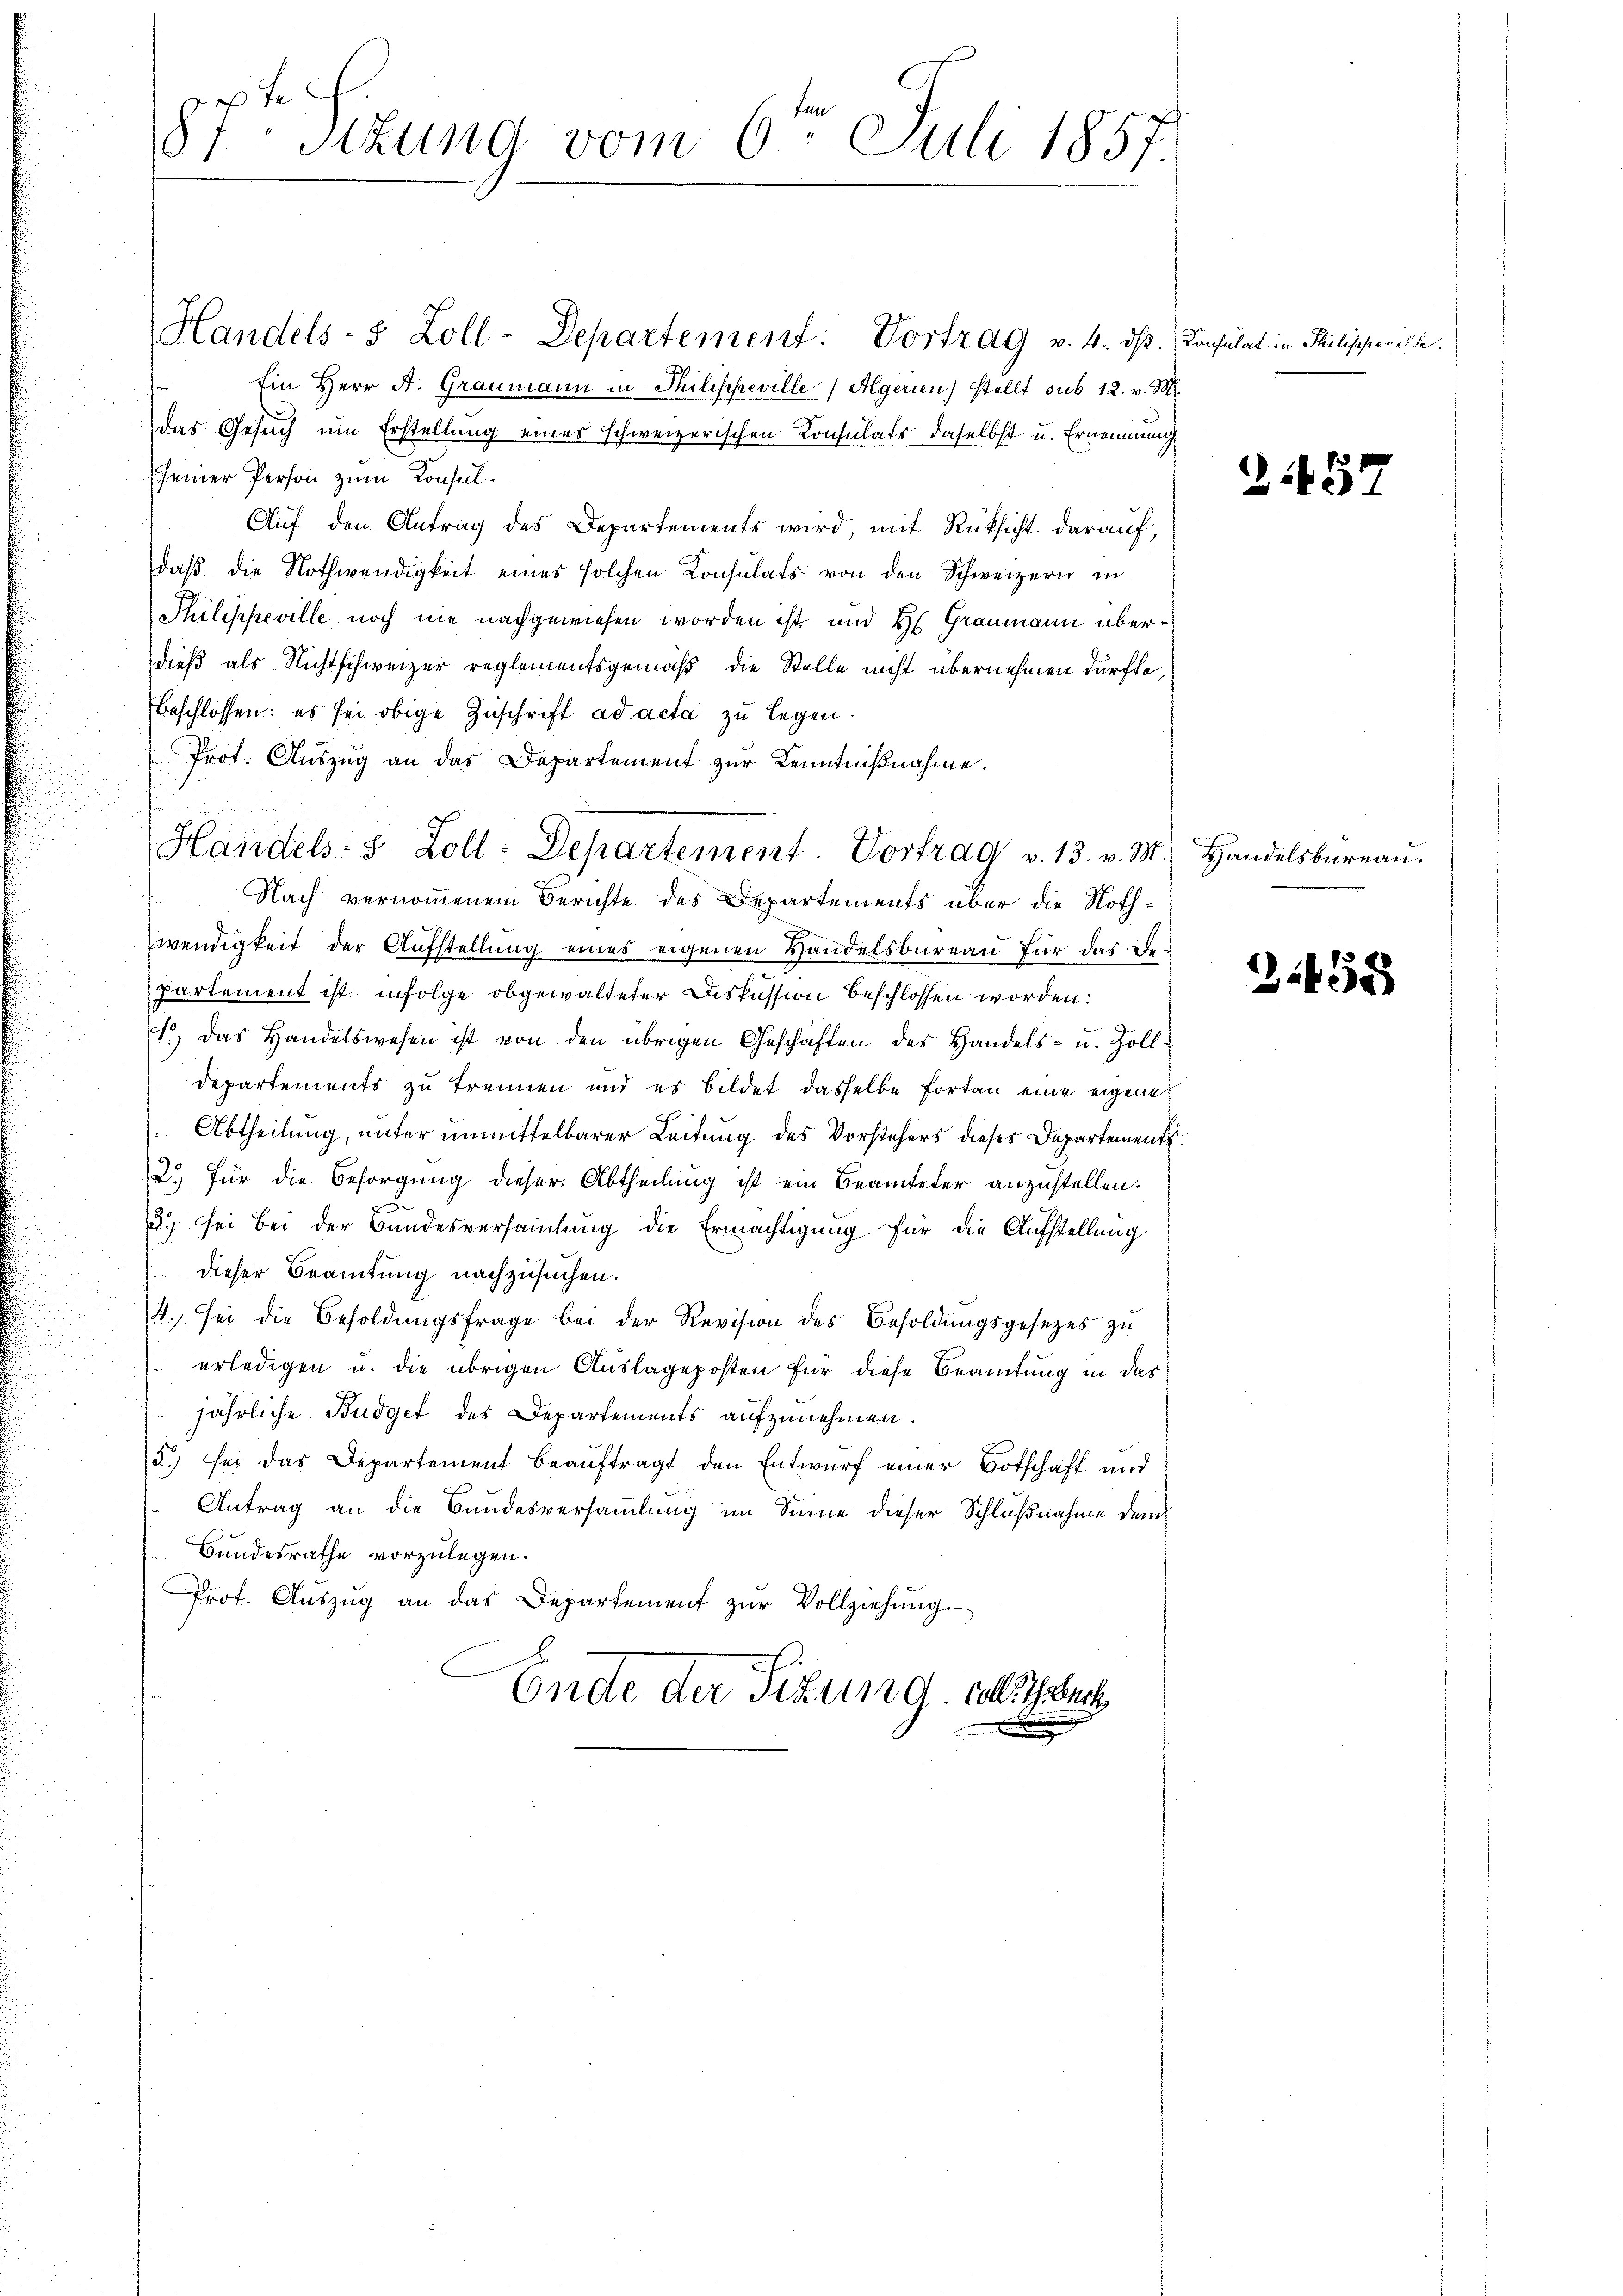
F
87. Sitzung vom 6. Juli 1857.

Handels- & Zoll-Departement. Vortrag v. 4. ds. Konsulat in Philischerische.
Ein Herr A. Graumann in Thilischeville   Algerien) stellt sub 12. v. M.
das Gesuch um Erstellung eines schweizerischen Konsulats daselbst u. Ernennung
seiner Person zum Konsul¬
Auf den Antrag des Departements wird, mit Rüksicht darauf,
daβ die Nothwendigkeit eines solchen Konsulats von den Schweizern in
Philippeville noch nie nachgewiesen worden ist, und Hs. Grammann überdieß als Nichtschweizer reglementsgemäß die Stelle nicht übernehmen dürfte,
beschlossen: es sei obige Zuschrift ad acta zu legen.
Prot. Auszug an das Departement zur Kenntnißnahme.
Nach vernommenem Berichte des Departements über die Nothwendigkeit der Aufstellung eines eigenen Handelsbureau für das De-
partement ist infolge obgewalteter Diskussion beschlossen worden:
1.) Das Handelswesen ist von den übrigen Geschäften des Handels- u. Zoll¬
Departements zu trennen und es bildet dasselbe fortan eine eigene
Abtheilung, unter unmittelbarer Leitung des Vorstehers dieses Departement¬
2.) Für die Besorgung dieser Abtheilung ist ein Beamteter anzustellen:
.) sei bei der Bundesversammlung die Ermächtigung für die Aufstellung
dieser Beamtung nachzusuchen.
4. sei die Besoldŭngsfrage bei der Revision des Besoldŭngsgesetzes zŭ
erledigen u. die übrigen Auslageposten für diese Beamtung in des
jährliche Budget des Departements aufzunehmen.
5) sei das Departement beauftragt, den Entwurf einer Botschaft und
Antrag an die Bundesversammlung im Sinne dieser Schlußnahme dem
Bundesrathe vorzulegen.
Prot. Aŭszŭg an das Departement zŭr Vollziehŭng
Ende der Sitzung. Alleich

Handels- 8 Zoll-Departement. Vortrag v. 13. v. M. Handelsbüreaŭ.

2.185

2458